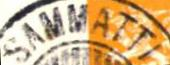
SAMMATTI